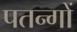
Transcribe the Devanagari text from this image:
पतन्‍गों